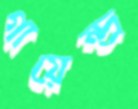
গায়েন্দ্র